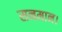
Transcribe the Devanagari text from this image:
सनमान।